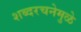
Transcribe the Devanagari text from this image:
शब्दरचनेमुळे